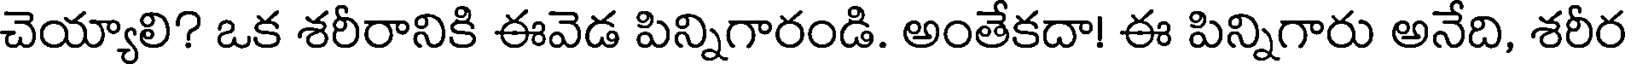
చెయ్యాలి? ఒక శరీరానికి ఈవెడ పిన్నిగారండి. అంతేకదా! ఈ పిన్నిగారు అనేది, శరీర